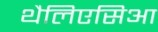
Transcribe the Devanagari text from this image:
थैलिएसिआ